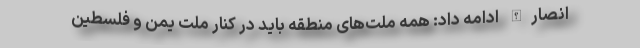
انصارالله ادامه داد: همه ملت‌های منطقه باید در کنار ملت یمن و فلسطین